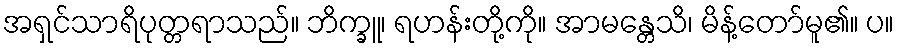
အရှင်သာရိပုတ္တရာသည်။ ဘိက္ခူ၊ ရဟန်းတို့ကို။ အာမန္တေသိ၊ မိန့်တော်မူ၏။ ပ။